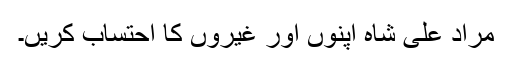
مراد علی شاہ اپنوں اور غیروں کا احتساب کریں۔